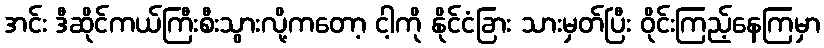
အင်း ဒီဆိုင်ကယ်ကြီးစီးသွားလို့ကတော့ ငါ့ကို နိုင်ငံခြား သားမှတ်ပြီး ဝိုင်းကြည့်နေကြမှာ